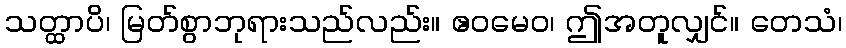
သတ္ထာပိ၊ မြတ်စွာဘုရားသည်လည်း။ ဧဝမေဝ၊ ဤအတူလျှင်။ တေသံ၊